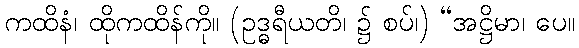
ကထိနံ၊ ထိုကထိန်ကို။ (ဥဒ္ဓရီယတိ၊ ၌ စပ်၊) “အဋ္ဌိမာ၊ ပေ။